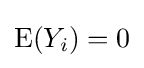
\operatorname {E} (Y_{i})=0